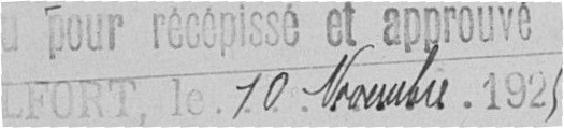
10 novembre 1925